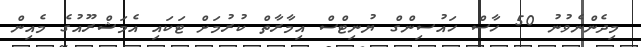
މިދެންނެވުނު 50 ހާސް ހައުސިންގް ޔުނިޓްސް އިމާރާތް ކުރުމަށް ޓަކައި އެމަޝްރޫއުގެ މެއިން